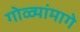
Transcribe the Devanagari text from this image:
गोळ्यांमागे